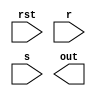
`timescale 1ns / 1ps

module rs_lat
(
//---------CTRL-----------------------
	input							rst,
//---------IN-------------------------
	input							r,
	input							s,
//---------OUT------------------------
	output							out
//------------------------------------
);
/*
LDCE #(
	.INIT(0), // Initial value of latch, 1b0, 1b1
	// Programmable Inversion Attributes: Specifies the use of the built-in programmable inversion
	.IS_CLR_INVERTED(1'b0), // Optional inversion for CLR
	.IS_G_INVERTED(1'b0) // Optional inversion for G
)
LDCE_inst (
	.Q(out), // 1-bit output: Data
	.CLR(r), // 1-bit input: Asynchronous clear
	.D(1'b1), // 1-bit input: Data
	.G(s), // 1-bit input: Gate
	.GE(1'b1) // 1-bit input: Gate enable
);
*/

endmodule